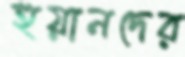
হুয়ানদের